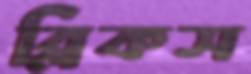
ব্লিকস